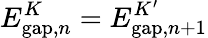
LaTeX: E_{\mathrm{gap},n}^{K}=E_{\mathrm{gap},n+1}^{K^{\prime}}